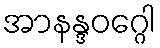
အာနန္ဒဝဂ္ဂေါ